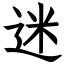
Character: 迷